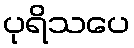
ပုရိသပေ